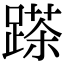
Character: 𨃓